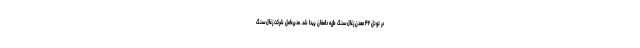
در تونل ۴۲ معدن زغال‌سنگ طزره دامغان پیدا شد. مدیرعامل شرکت زغال‌سنگ